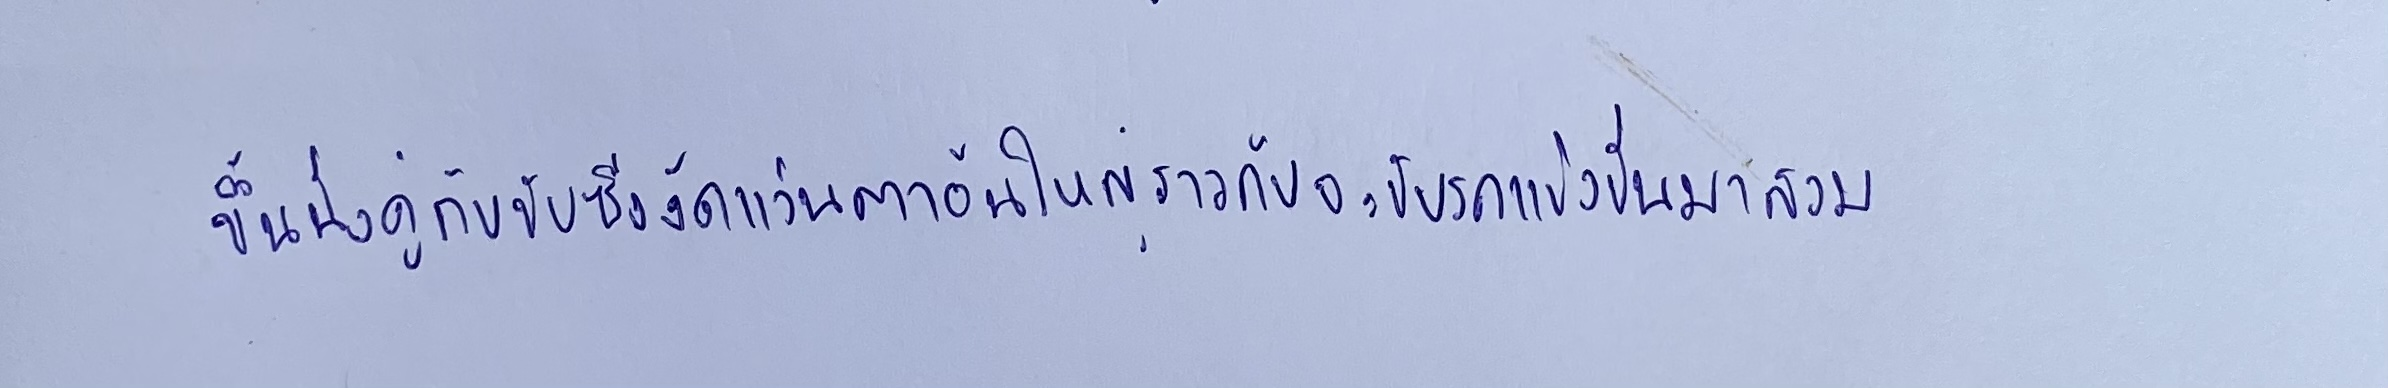
ขึ้นนั่งคู่กับคนขับซึ่งงัดแว่นตาอันใหญ่ราวกับจะขับรถแข่งขึ้นมาสวม